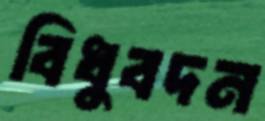
বিধুবদন